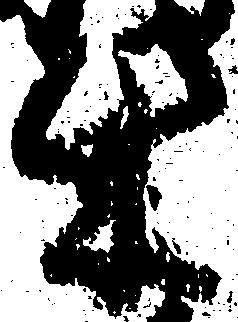
柴